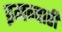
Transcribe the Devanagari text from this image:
इमन्दारी